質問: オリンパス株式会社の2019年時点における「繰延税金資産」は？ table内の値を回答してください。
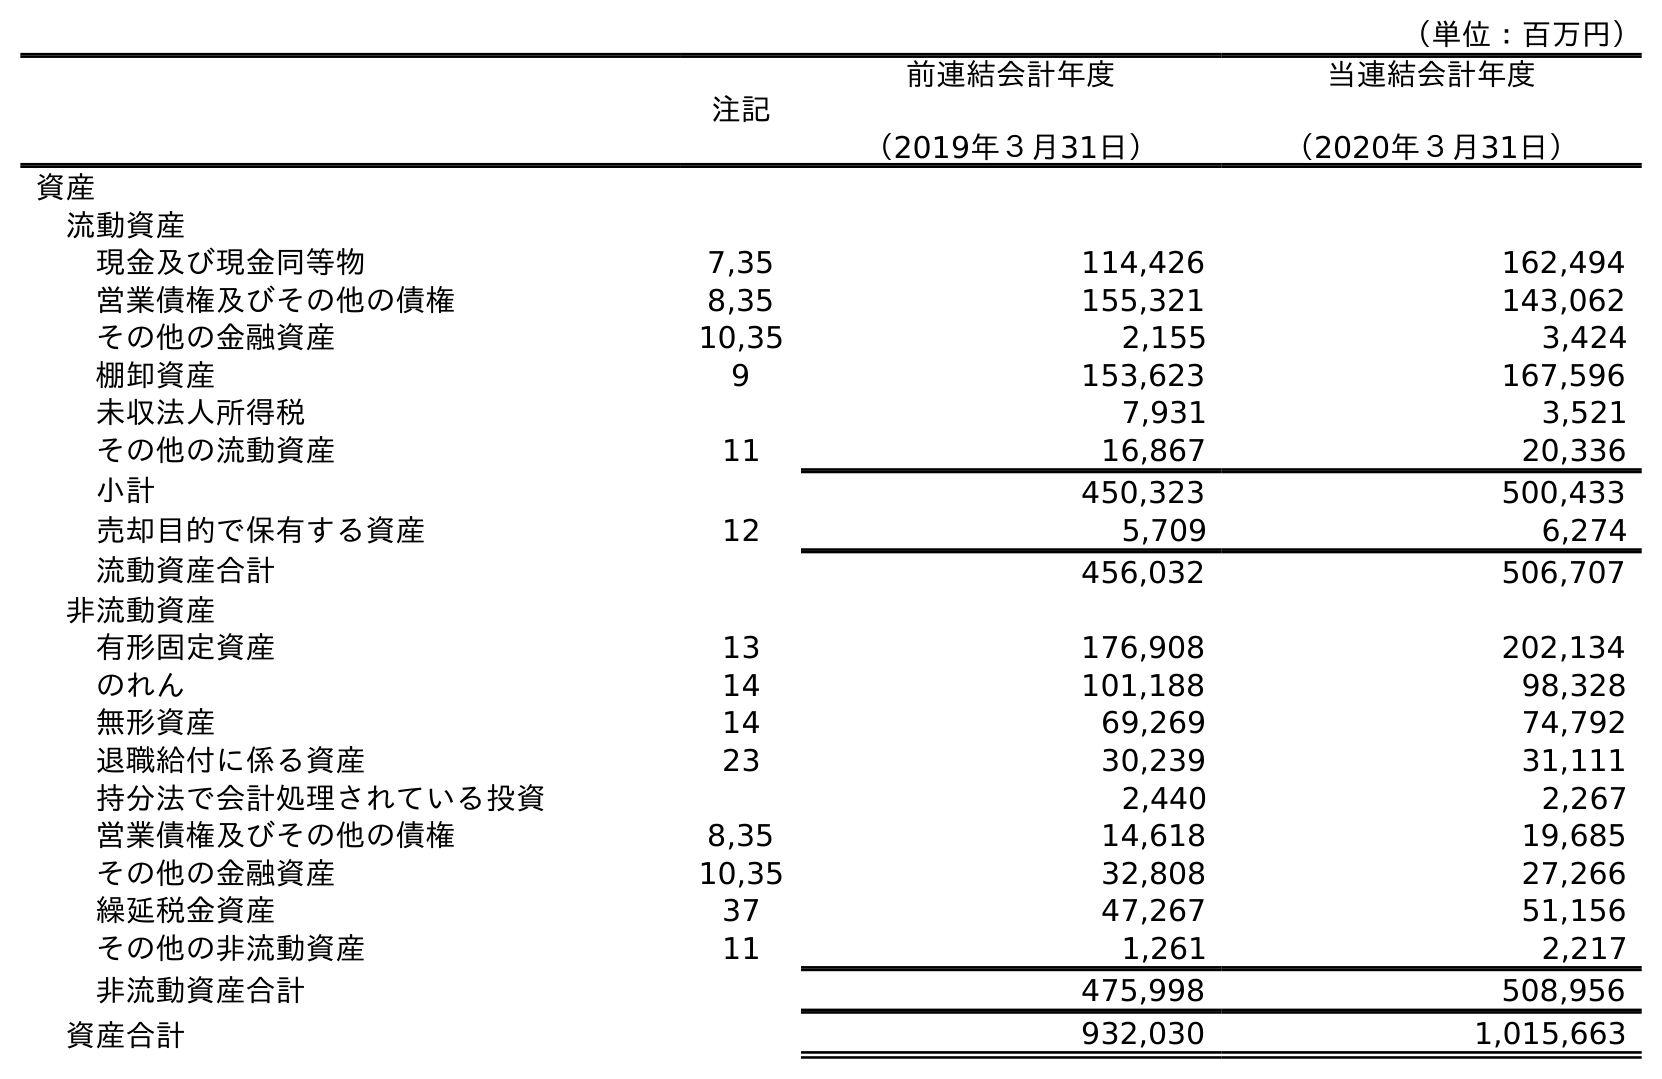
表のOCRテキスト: （単位：百万円） 注記 前連結会計年度 （2019年３月31日） 当連結会計年度 （2020年３月31日） 資産 流動資産 現金及び現金同等物 7,35 114,426 162,494 営業債権及びその他の債権 8,35 155,321 143,062 その他の金融資産 10,35 2,155 3,424 棚卸資産 9 153,623 167,596 未収法人所得税 7,931 3,521 その他の流動資産 11 16,867 20,336 小計 450,323 500,433 売却目的で保有する資産 12 5,709 6,274 流動資産合計 456,032 506,707 非流動資産 有形固定資産 13 176,908 202,134 のれん 14 101,188 98,328 無形資産 14 69,269 74,792 退職給付に係る資産 23 30,239 31,111 持分法で会計処理されている投資 2,440 2,267 営業債権及びその他の債権 8,35 14,618 19,685 その他の金融資産 10,35 32,808 27,266 繰延税金資産 37 47,267 51,156 その他の非流動資産 11 1,261 2,217 非流動資産合計 475,998 508,956 資産合計 932,030 1,015,663
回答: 47,267